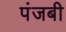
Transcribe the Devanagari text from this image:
पंजबी